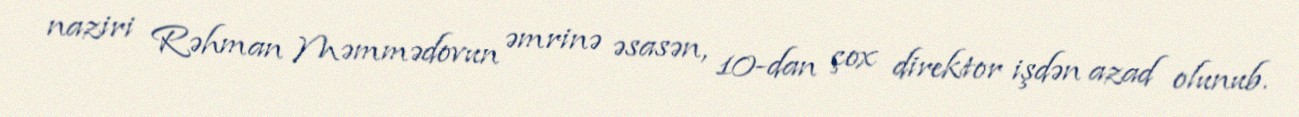
naziri Rəhman Məmmədovun əmrinə əsasən, 10-dan çox direktor işdən azad olunub.